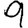
Digit: 9